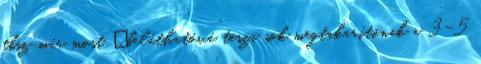
tbsz már most „beláthatóvá” teszi sok megtakarítónak a 3-5